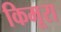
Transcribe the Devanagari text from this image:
किमूरा